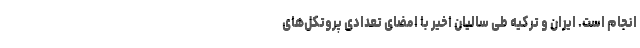
انجام است. ایران و ترکیه طی سالیان اخیر با امضای تعدادی پروتکل‌های